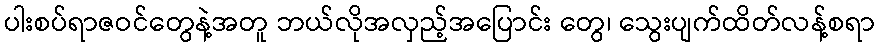
ပါးစပ်ရာဇဝင်တွေနဲ့အတူ ဘယ်လိုအလှည့်အပြောင်း တွေ၊ သွေးပျက်ထိတ်လန့်စရာ